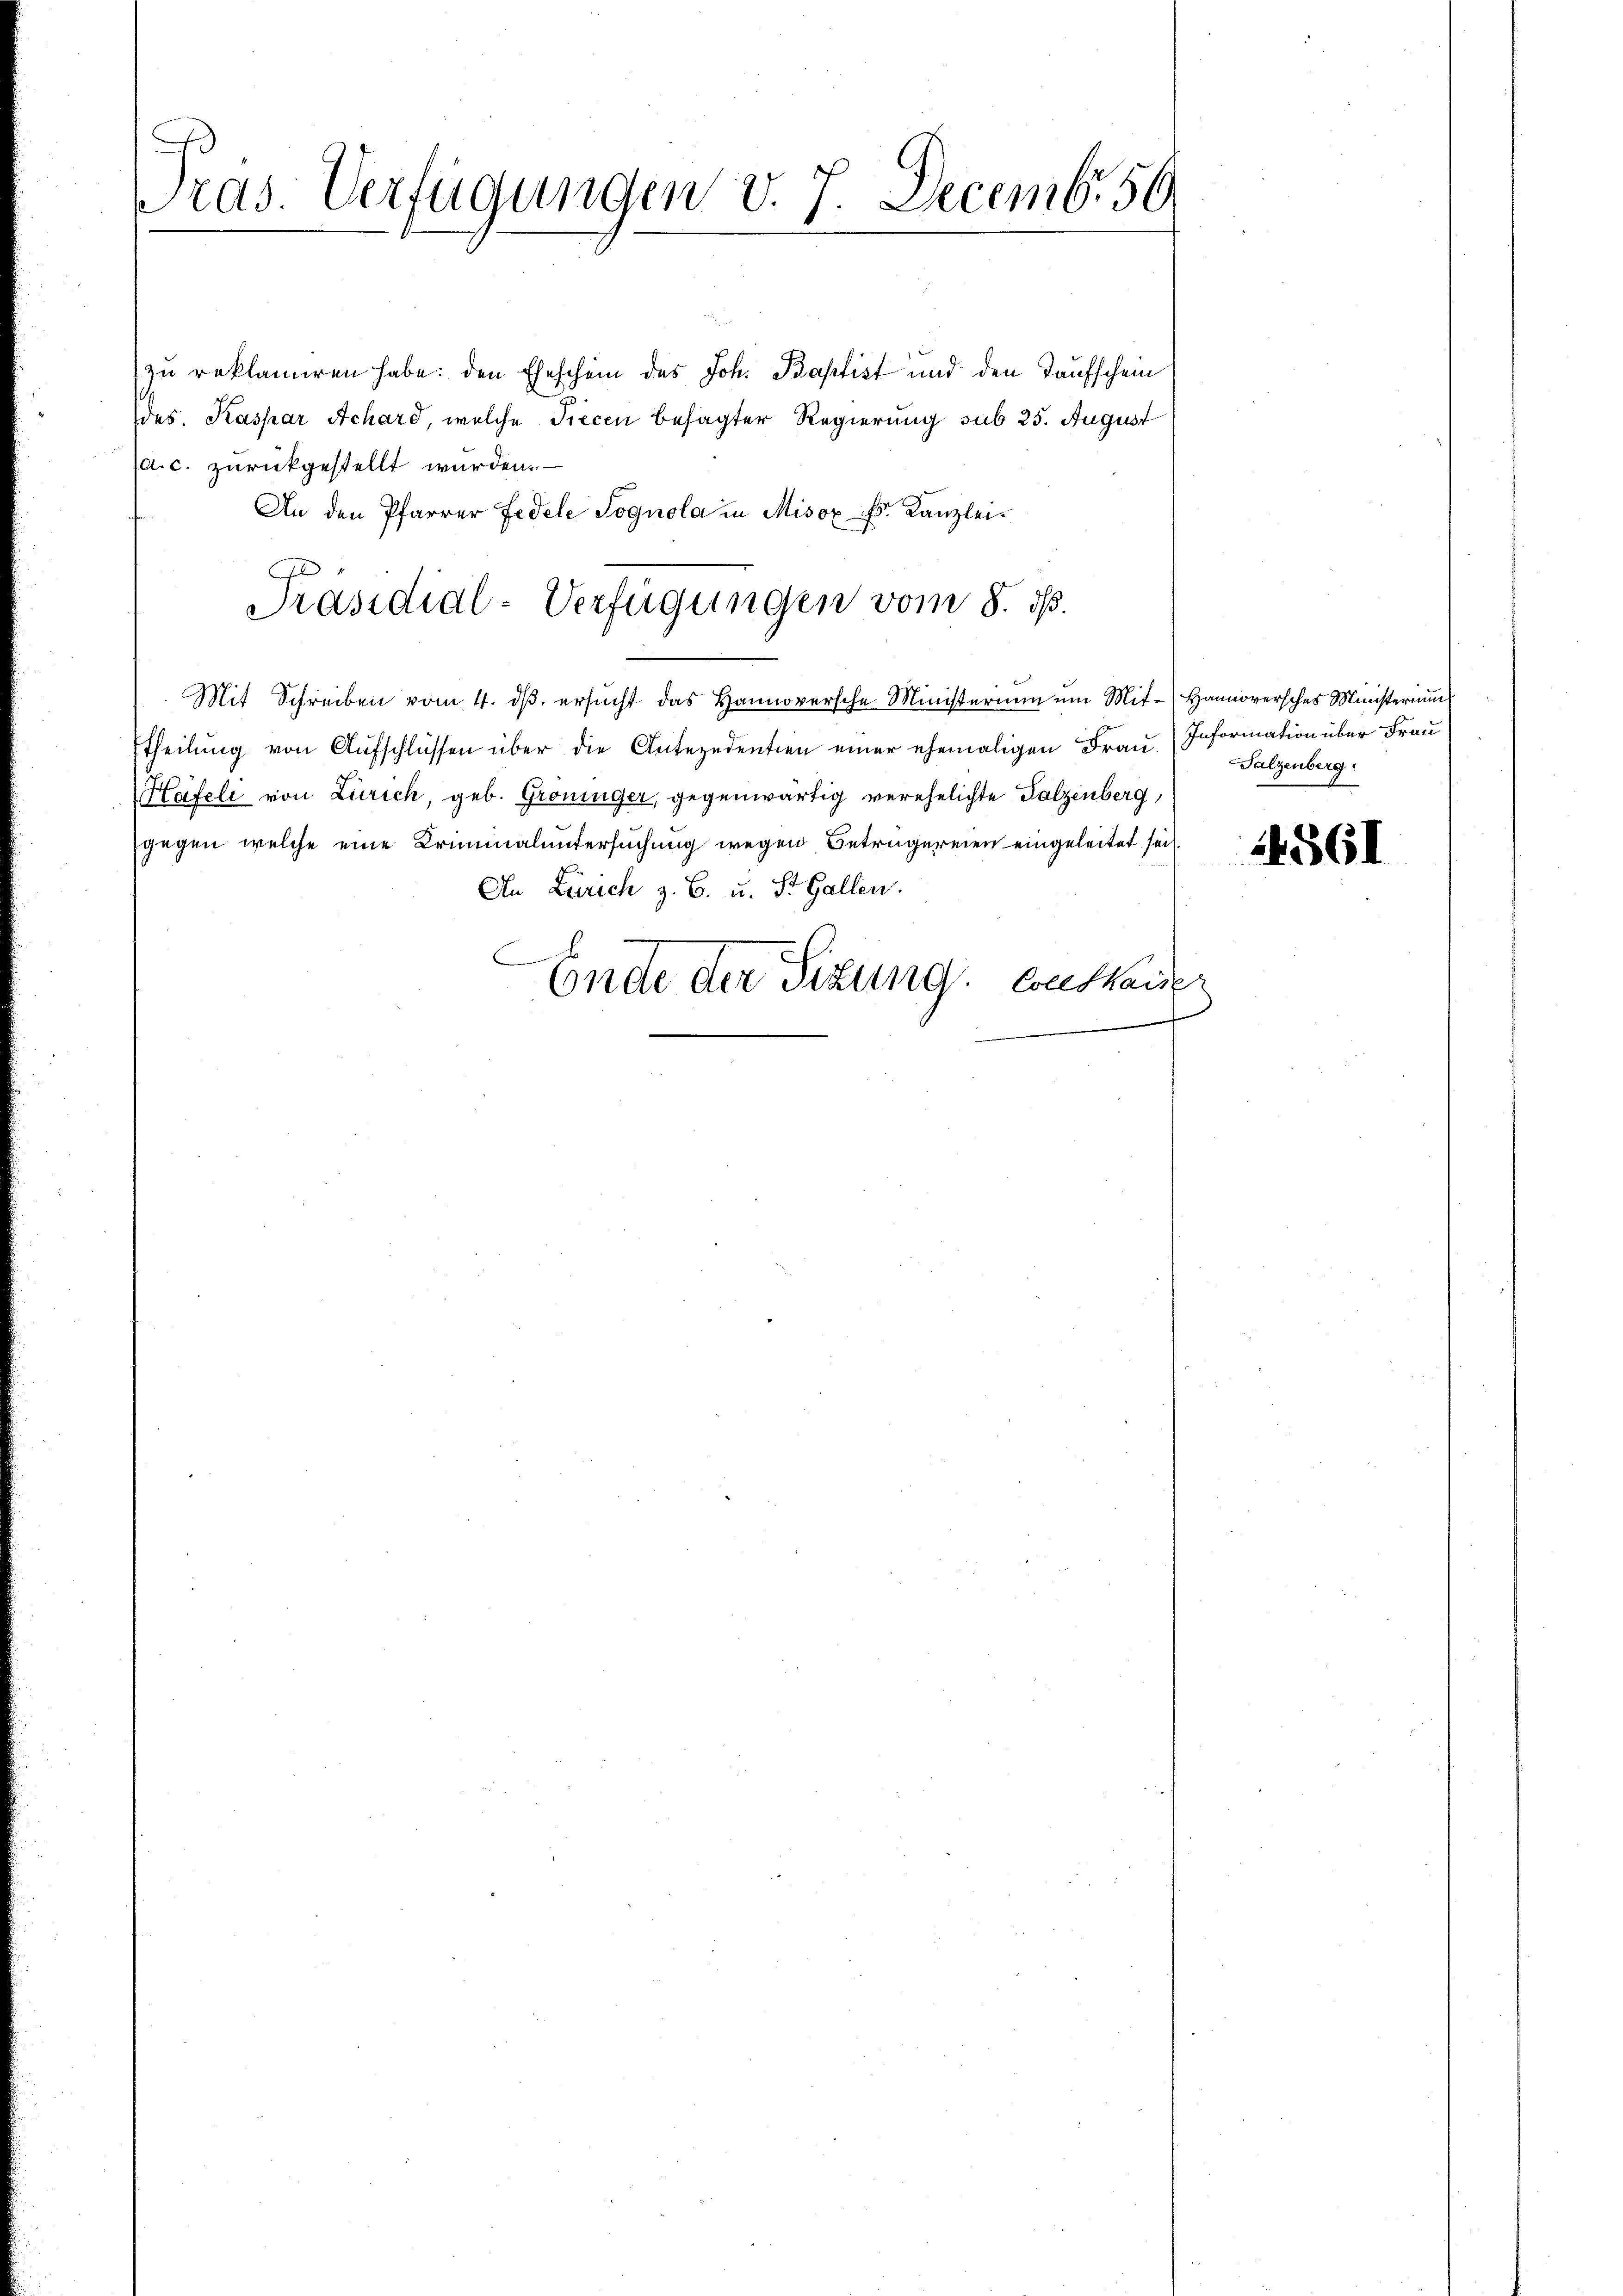
ras. Verfügungen v. 7. Decemb. 50

zu reklamiren habe: den Eheschein des Joh. Baptist und den Taufschein
des. Kaspar Achard, welche Piecen besagter Regierung sub 25. August
a. c. zurückgestellt wurden.
An den Pfarrer Fedele Sognola in Misox Hs. Kanzlei-
Al
Mit Schreiben vom 4. dβ. ersŭcht das Hannoversche Ministerium um Mit-Hannoversches Ministerium
ttheilung von Aufschlüssen über die Antezedentien einer ehemaligen Frau. Information über Frau
Häfeli von Zürich, geb. Gröninger, gegenwärtig verehelichte Falzenberg,
gegen welche eine Kriminaluntersuchung wegen Betrugereien eingeleitet seit
An Zürich z. B. u. St. Gallen.
C
Ende der Sitzung Conskaner

Präsidial-Verfügungen vom 8. ds.

Falzenberg

14561